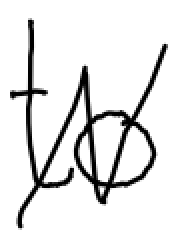
Text: to
Cross-out: zig-zag
Writing tool: digital_black